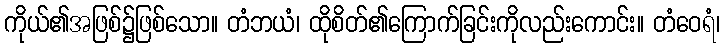
ကိုယ်၏အဖြစ်၌ဖြစ်သော။ တံဘယံ၊ ထိုစိတ်၏ကြောက်ခြင်းကိုလည်းကောင်း။ တံဝေရံ၊